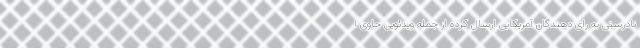
نادرستی به رای دهندگان آمریکایی ارسال کرده از جمله ویدئویی حاوی ا